Medical and sanitary report of the native army of Bengal for the year
Year: 1876
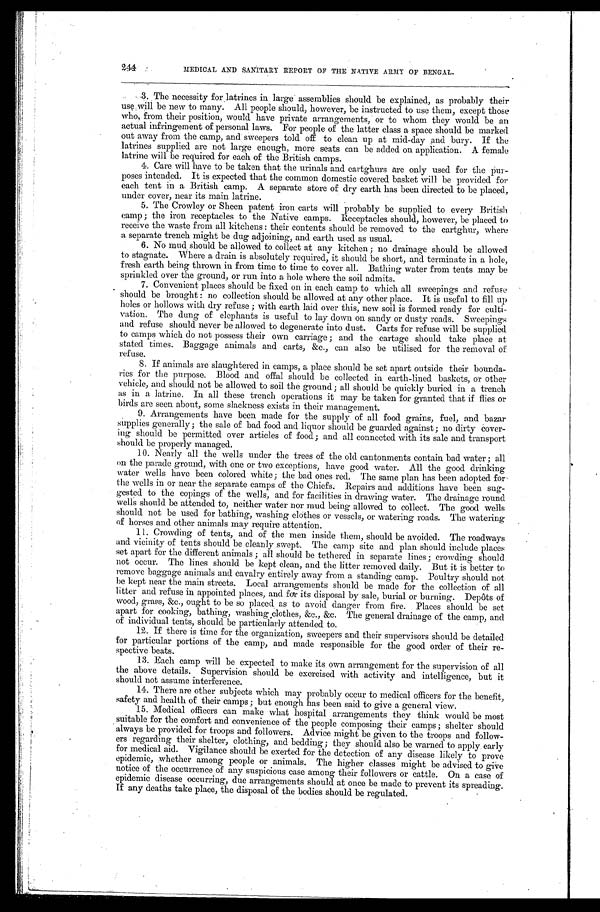
244
MEDICAL AND SANITARY REPORT OF THE NATIVE ARMY OF BENGAL.
•
3. The necessity for latrines in large assemblies should be explained, as probably their
use will be new to many. All people should, however, be instructed to use them, except those
who, from their position, would have private arrangements, or to whom they would. be an
actual infringement of personal laws. For people of the latter class a space should be marked
out away from the camp, and sweepers told off to clean up at mid-day and bury. If the
latrines supplied are not large enough, more seats can be added on application. A female
latrine will be required for each of the British camps.
4. Care will have to be taken that the urinals and cartghurs are only used for the pur-
poses intended. It is expected that the common domestic covered basket will be provided for
each tent in a British camp. A separate store of dry earth has been directed to be placed,
under cover, near its main latrine.
5. The Crowley or Sheen patent iron carts will probably be supplied to every British
camp ; the iron receptacles to the Native camps. Receptacles should, however, be placed to
receive the waste from all kitchens : their contents should be removed to the cartghur, where
a separate trench might be dug adjoining, and earth used as usual.
6. No mud should be allowed to collect at any kitchen ; no drainage should be allowed
to stagnate. Where a drain is absolutely required, it should be short, and terminate in a hole,
fresh earth being thrown in from time to time to cover all. Bathing water from tents may be
sprinkled over the ground, or run into a hole where the soil admits.
7. Convenient places should be fixed. on in each camp to which all sweepings and refuse
should be brought : no collection should be allowed at any other place. It is useful to fill up
holes or hollows with dry refuse ; with earth laid over this, new soil is formed ready for culti-
vation. The dung of elephants is useful to lay down on sandy or dusty roads. Sweepings
and refuse should never be allowed to degenerate into dust. Carts for refuse will be supplied
to camps which do not possess their own carriage ; and the cartage should take place at
stated times. Baggage animals and carts, &c., can also be utilised for the removal of
refuse.
8. If animals are slaughtered in camps, a place should be set apart outside their bounda-
ries for the purpose. Blood and offal should be collected in earth-lined baskets, or other
vehicle, and should not be allowed to soil the ground; all should be quickly buried in a trench
as in a latrine. In all these trench operations it may be taken for granted that if flies or
birds are seen about, some slackness exists in their management.
9. Arrangements have been made for the supply of all food grains, fuel, and bazar
supplies generally ; the sale of bad food and liquor should be guarded against; no dirty cover-
ing should be permitted over articles of food; and all connected with its sale and transport
should be properly managed.
10. Nearly all the wells under the trees of the old cantonments contain bad water ; all
on the parade ground, with one or two exceptions, have good water. All the good drinking
water wells have been colored white; the bad ones red. The same plan has been adopted for
the wells in or near the separate camps of the Chiefs. Repairs and additions have been sug-
gested to the copings of the wells, and for facilities in drawing water. The drainage round
wells should be attended to, neither water nor mud being allowed to collect. The good wells
should not be used for bathing, washing clothes or vessels, or watering roads. The watering
of horses and other animals may require attention.
11. Crowding of tents, and of the men inside them, should be avoided. The roadways
and vicinity of tents should be cleanly swept. The camp site and plan should include places
set apart for the different animals ; all should be tethered in separate lines ; crowding should
not occur. The lines should be kept clean, and the litter removed daily. But it is better to
remove baggage animals and cavalry entirely away from a standing camp. Poultry should not
be kept near the main streets. Local arrangements should be made for the collection of all
litter and refuse in appointed places, and for its disposal by sale, burial or burning. Depôts of
wood, grass, &c., ought to be so placed as to avoid danger from fire. Places should be set
apart for cooking, bathing, washing , clothes, &c., &c. The general drainage of the camp, and
of individual tents, should be particularly attended to.
12. If there is time for the organization, sweepers and their supervisors should be detailed
for particular portions of the camp, and made responsible for the good order of their re-
spective beats.
13. Each camp will be expected to make its own arrangement for the supervision of all
the above details. Supervision should be exercised with activity and intelligence, but it
should not assume interference.
14. There are other subjects which may probably occur to medical officers for the benefit,
safety and health of their camps ; but enough has been said to give a general view.
15. Medical officers can make what hospital arrangements they think would be most
suitable for the comfort and convenience of the people composing their camps ; shelter should
always be provided for troops and followers. Advice might be given to the troops and follow-
ers regarding their shelter, clothing, and bedding; they should also be warned to apply early
for medical aid. Vigilance should be exerted for the detection of any disease likely to prove
epidemic, whether among people or animals. The higher classes might be advised to give
notice of the occurrence of any suspicious case among their followers or cattle. On a case of
epidemic disease occurring, due arrangements should at once be made to prevent its spreading.
If any deaths take place, the disposal of the bodies should be regulated.